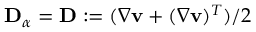
\mathbf { D } _ { \alpha } = \mathbf { D } : = ( \nabla \mathbf { v } + ( \nabla \mathbf { v } ) ^ { T } ) / 2